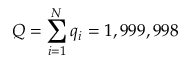
Q = \sum _ { i = 1 } ^ { N } q _ { i } = 1 , 9 9 9 , 9 9 8